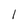
Character: l